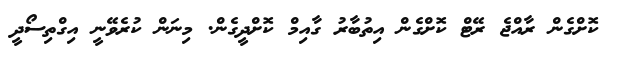
ކޮށްގެން ރާއްޖެ ރޭޓް ކޮށްގެން އިތުބާރު ގާއިމް ކޮށްދީގެން. މިނަން ކުރެވޭނީ އިގްތިސޯދީ